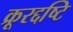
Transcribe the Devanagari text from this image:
क्रूरद्दष्टि